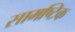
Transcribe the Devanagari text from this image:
सामष्टिक